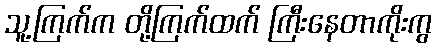
သူ့ကြက်က တို့ကြက်ထက် ကြီးနေတာကိုးကွ